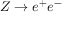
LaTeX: Z \rightarrow e ^ { + } e ^ { - }